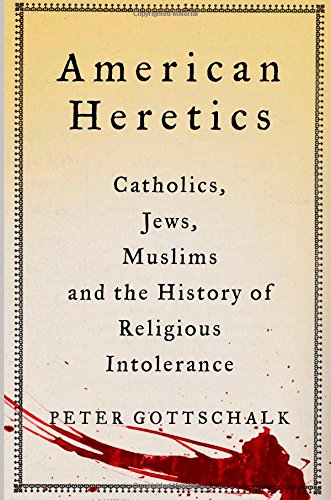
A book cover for American Heretics: Catholics, Jews, Muslims, and the History of Religious Intolerance; Peter Gottschalk; Religion & Spirituality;